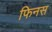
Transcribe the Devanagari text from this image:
फिनस